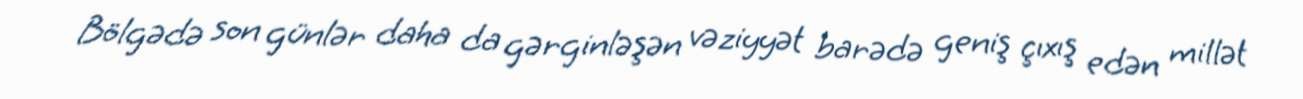
Bölgədə son günlər daha da gərginləşən vəziyyət barədə geniş çıxış edən millət